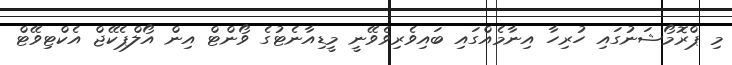
މި ޕްރޮމޯޝަނުގައި ހުރިހާ އިނާމެއްގައި ބައިވެރިވެވޭނީ މީޑިއާނެޓުގެ ވޯންޓް އިން އޯލްޕެކޭޖް އެކްޓިވޭޓް